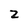
Character: Z